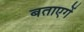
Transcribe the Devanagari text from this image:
बताएगें